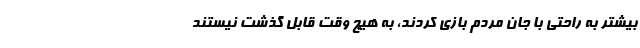
بیشتر به راحتی با جان مردم بازی کردند، به هیچ وقت قابل گذشت نیستند